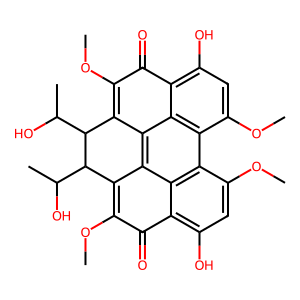
SMILES: COc1c2c3c4c(c(OC)c(=O)c5c(O)cc(OC)c(c6c(OC)cc(O)c(c1=O)c63)c54)C(C(C)O)C2C(C)O
Inhibits HIV replication: No